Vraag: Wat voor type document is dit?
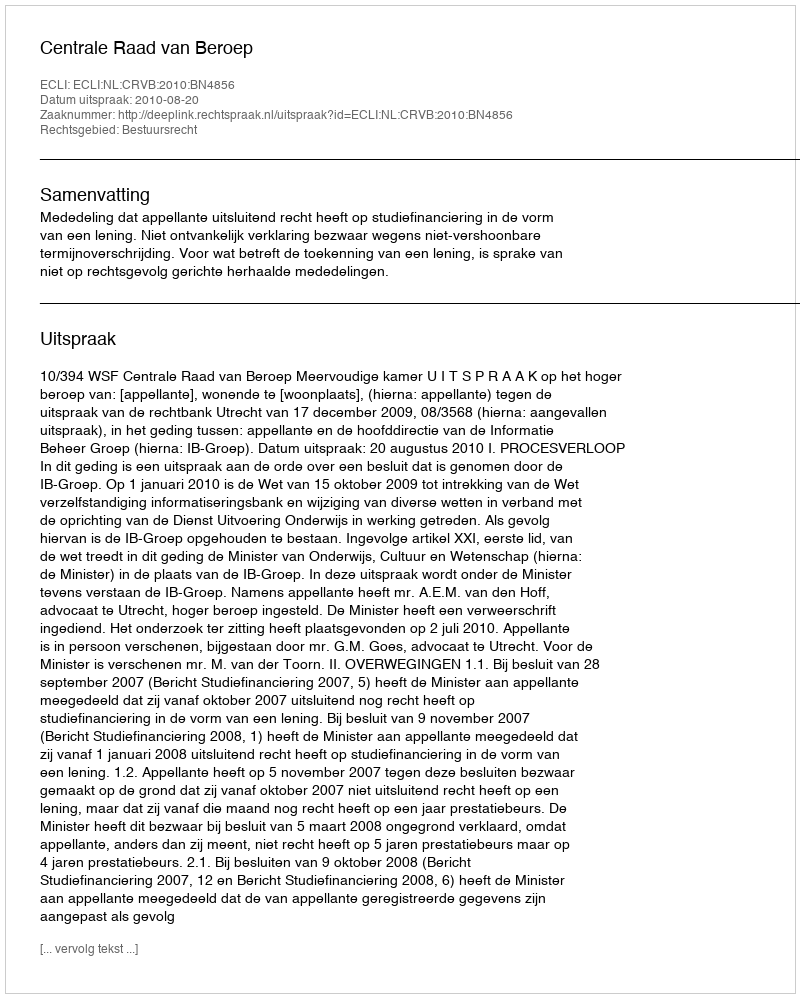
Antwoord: Uitspraak